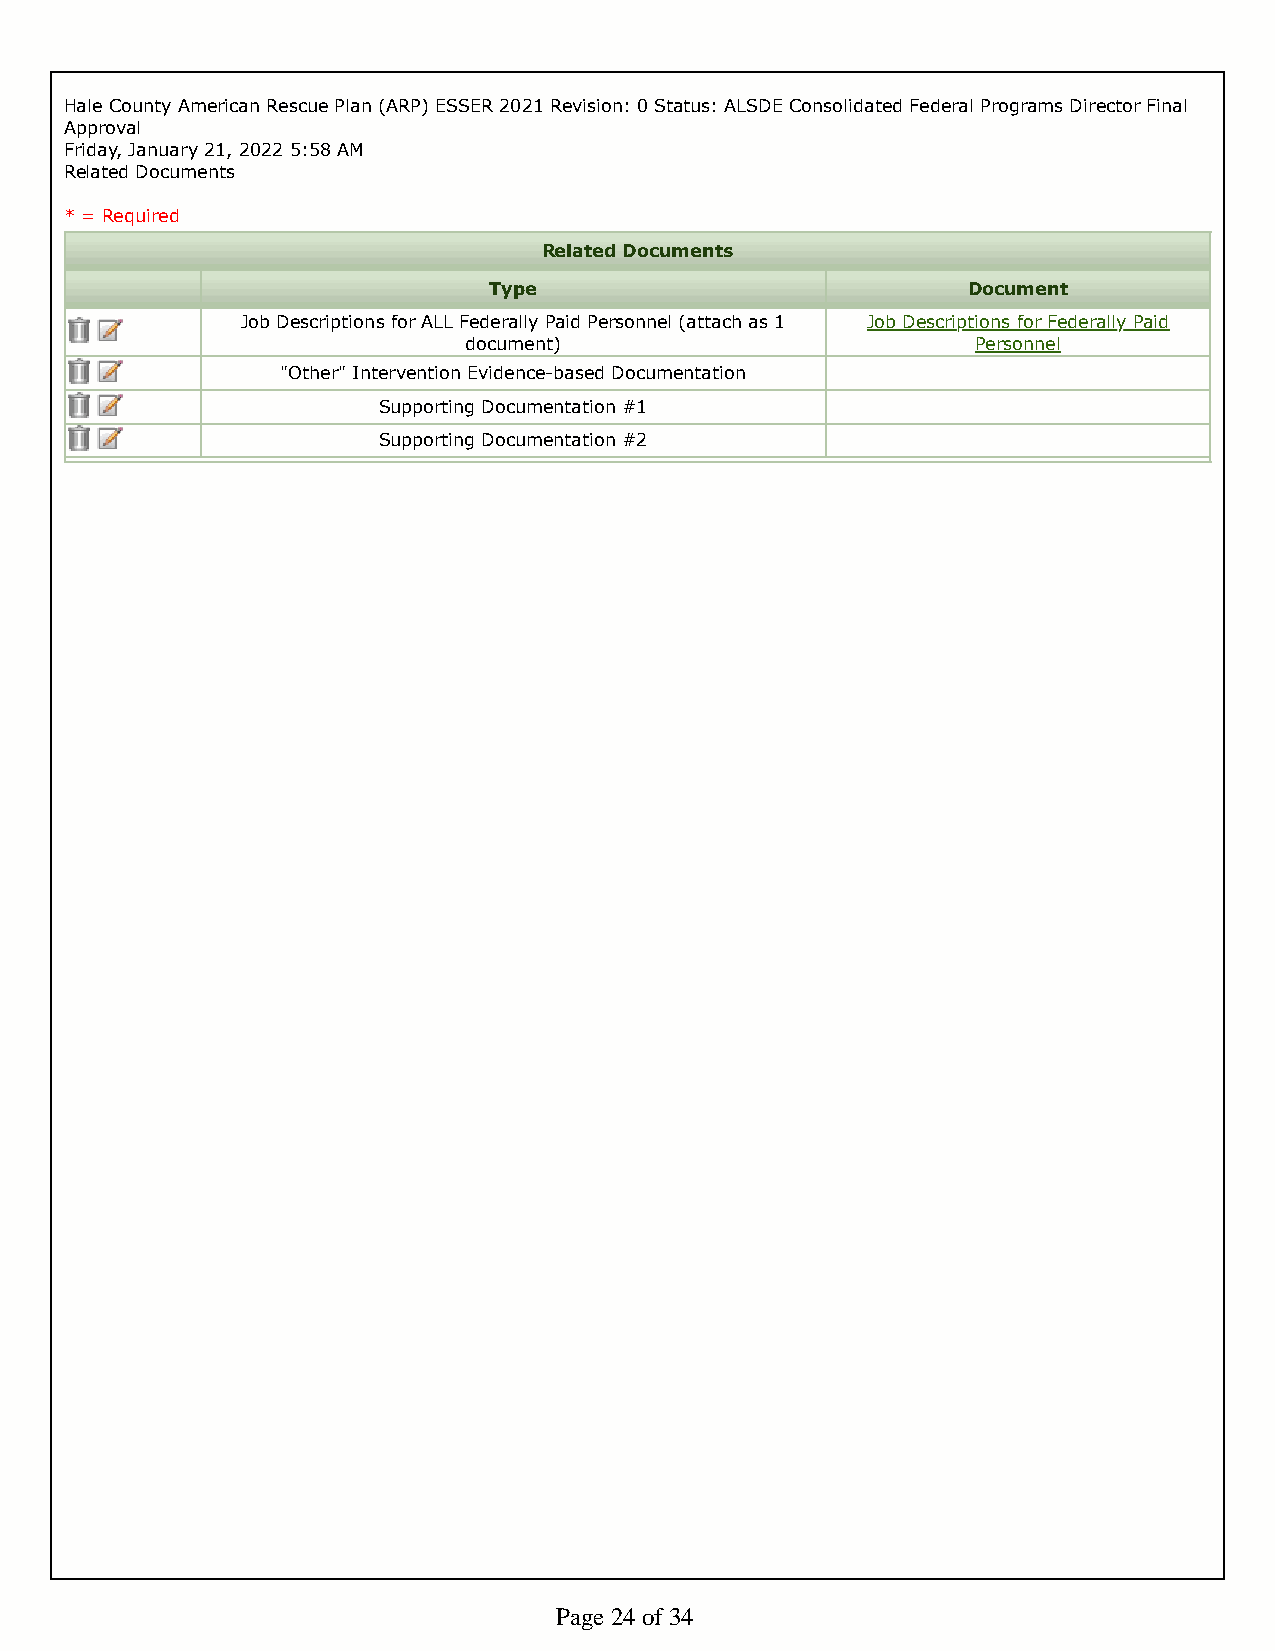
Hale County American Rescue Plan (ARP) ESSER 2021 Revision: 0 Status: ALSDE Consolidated Federal Programs Director Final
 Approval
 Friday, January 21, 2022 5:58 AM
 Related Documents
 * = Required
 Related Documents
 Type                            Document
 Job Descriptions for ALL Federally Paid Personnel (attach as 1 Job Descriptions for Federally Paid
 document)                         Personnel
 "Other" Intervention Evidence-based Documentation
 Supporting Documentation #1
 Supporting Documentation #2
 Page 24 of 34